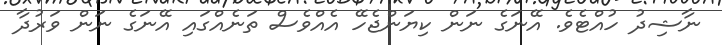
ނާޝިދު ހުއްޓެވެ. އޭނަގެ ނަން ކިޔަންޖެހޭ އެއްވެސް ތަނެއްގައި އޭނަގެ ނަން ވަރުދާ